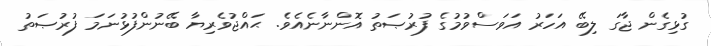
ގުޅިގެން ޖާގަ ލިބޭ އަހަރު އަވަސްވުމުގެ ފުރުޞަތު އޮންނާނެއެވެ. ޙައްޖުވެރިޔާ ބޭނުންފުޅުނަމަ ފުރުޞަތު